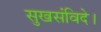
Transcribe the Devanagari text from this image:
सुखसंविदे।